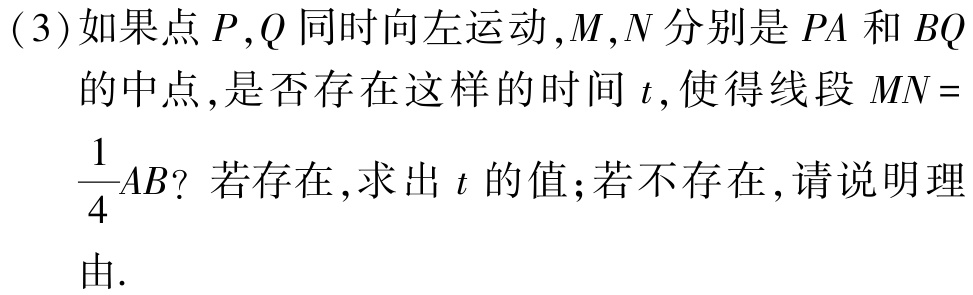
(3)如果点\(P,Q\)同时向左运动,\(M,N\)分别是\(PA\)和\(BQ\)的中点,是否存在这样的时间\(t\),使得线段\(MN = \frac{1}{4}AB\)？若存在,求出\(t\)的值;若不存在,请说明理由.